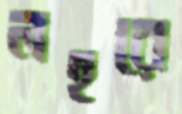
লহরে